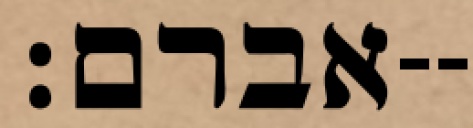
אברם׃--